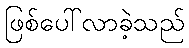
ဖြစ်ပေါ်လာခဲ့သည်